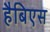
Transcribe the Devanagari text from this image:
हैबिएस